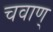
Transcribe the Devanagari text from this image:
चवाण्